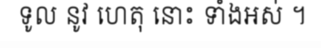
ទូល នូវ ហេតុ នោះ ទាំងអស់ ។